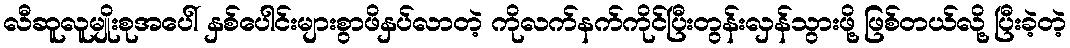
လီဆူလူမျိုးစုအပေါ် နှစ်ပေါင်းများစွာဖိနှပ်လာတဲ့ ကိုလက်နက်ကိုင်ပြီးတွန်းလှန်သွားဖို့ ဖြစ်တယ်လို့ ပြီးခဲ့တဲ့